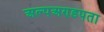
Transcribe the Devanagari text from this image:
अल्पअण्डपता